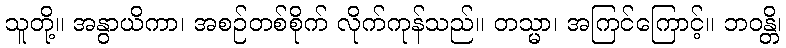
သူတို့။ အနွာယိကာ၊ အစဉ်တစ်စိုက် လိုက်ကုန်သည်။ တသ္မာ၊ အကြင်ကြောင့်။ ဘဝန္တိ၊